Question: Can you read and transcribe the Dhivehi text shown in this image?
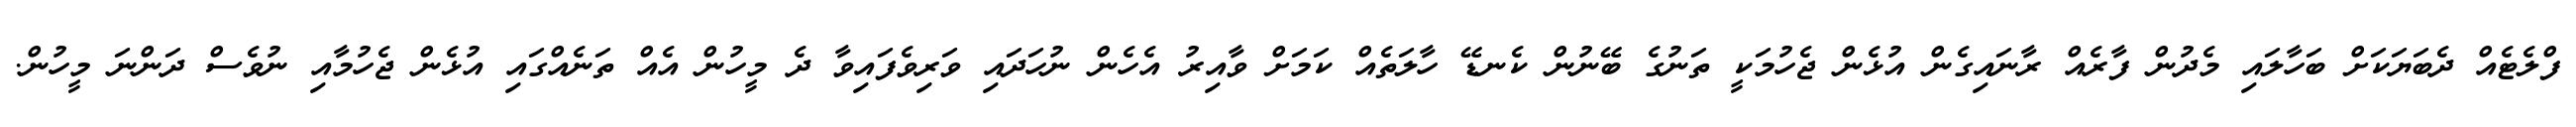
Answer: ފްލެޓެއް ދެބަޔަކަށް ބަހާލައި މެދުން ފާރެއް ރާނައިގެން އުޅެން ޖެހުމަކީ ތަނުގެ ބޭނުން ކެނޑޭ ހާލަތެއް ކަމަށް ވާއިރު އެހެން ނުހަދައި ވަރިވެފައިވާ ދެ މީހުން އެއް ތަނެއްގައި އުޅެން ޖެހުމާއި ނުވެސް ދަންނަ މީހުން.